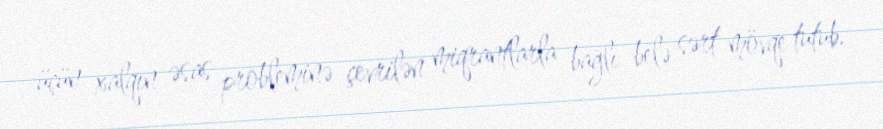
üçün xalqın əsas probleminə çevrilən miqrantlarla bağlı belə sərt mövqe tutub.